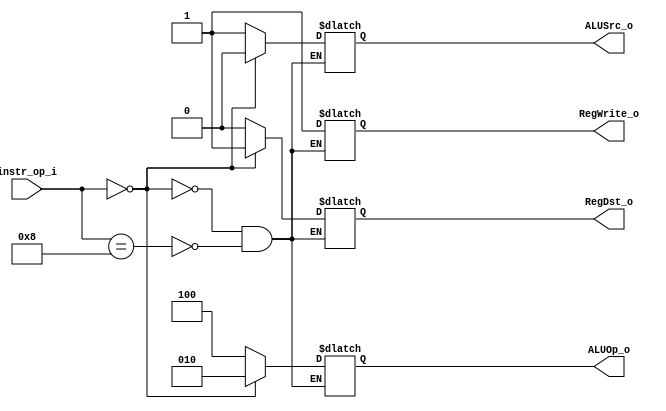
module Decoder( instr_op_i, RegWrite_o,	ALUOp_o, ALUSrc_o, RegDst_o );

//I/O ports
input	[6-1:0] instr_op_i;

output			RegWrite_o;
output	[3-1:0] ALUOp_o;
output			ALUSrc_o;
output			RegDst_o;

//Internal Signals
reg	[3-1:0] ALUOp_o;
reg			ALUSrc_o;
reg			RegWrite_o;
reg			RegDst_o;

//Main function
/*your code here*/
always @(*)
begin

//reset signals
//RegWrite_o <= 1'b0;
//ALUOp_o <= 3'b000;
//ALUSrc_o <= 1'b0;
//RegDst_o <= 1'b0;
begin
//r-type instructions
if(instr_op_i == 6'b000000)
    begin
    RegWrite_o <= 1'b1;
    ALUOp_o <= 3'b010;
    ALUSrc_o <= 1'b0;
    RegDst_o <= 1'b1;

    end
    
//addi instruction
else if (instr_op_i == 6'b001000)
    begin
    RegWrite_o <= 1'b1;
    ALUOp_o <= 3'b100;
    ALUSrc_o <= 1'b1;
    RegDst_o <= 1'b0;
    end
end
end

endmodule